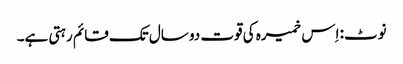
نوٹ: اِس خمیرہ کی قوت دو سال تک قائم رہتی ہے۔